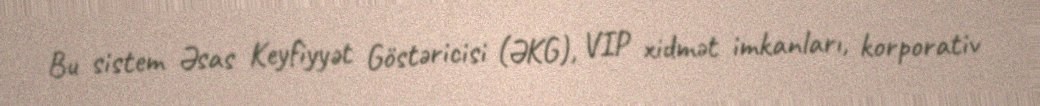
Bu sistem Əsas Keyfiyyət Göstəricisi (ƏKG), VIP xidmət imkanları, korporativ